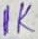
Text: 1K